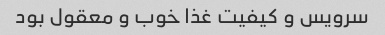
سرویس و کیفیت غذا خوب و معقول بود